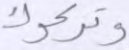
وتركوك